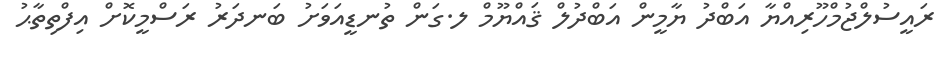
ރައީސުލްޖުމްހޫރިއްޔާ އަބްދު ޔާމީން އަބްދުލް ޤައްޔޫމް ލ.ގަން ތުނޑީއަވަށު ބަނދަރު ރަސްމީކޮށް އިފްތިތާޙު